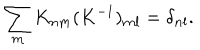
LaTeX: \sum _ { \bf m } K _ { \bf n \bf m } ( K ^ { - 1 } ) _ { \bf m \bf l } = \delta _ { \bf n \bf l } .